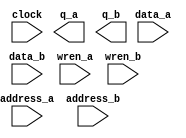
// megafunction wizard: %RAM: 2-PORT%VBB%
// GENERATION: STANDARD
// VERSION: WM1.0
// MODULE: altsyncram 

// ============================================================
// Megafunction Name(s):
// 			altsyncram
//
// Simulation Library Files(s):
// 			altera_mf
// ============================================================
// ************************************************************
// THIS IS A WIZARD-GENERATED FILE. DO NOT EDIT THIS FILE!
//
// 13.0.1 Build 232 06/12/2013 SP 1 SJ Web Edition
// ************************************************************

//Copyright (C) 1991-2013 Altera Corporation
//Your use of Altera Corporation's design tools, logic functions 
//and other software and tools, and its AMPP partner logic 
//functions, and any output files from any of the foregoing 
//(including device programming or simulation files), and any 
//associated documentation or information are expressly subject 
//to the terms and conditions of the Altera Program License 
//Subscription Agreement, Altera MegaCore Function License 
//Agreement, or other applicable license agreement, including, 
//without limitation, that your use is for the sole purpose of 
//programming logic devices manufactured by Altera and sold by 
//Altera or its authorized distributors.  Please refer to the 
//applicable agreement for further details.

module rambuffer (
	address_a,
	address_b,
	clock,
	data_a,
	data_b,
	wren_a,
	wren_b,
	q_a,
	q_b);

	input	[16:0]  address_a;
	input	[16:0]  address_b;
	input	  clock;
	input	[0:0]  data_a;
	input	[0:0]  data_b;
	input	  wren_a;
	input	  wren_b;
	output	[0:0]  q_a;
	output	[0:0]  q_b;
`ifndef ALTERA_RESERVED_QIS
// synopsys translate_off
`endif
	tri1	  clock;
	tri0	  wren_a;
	tri0	  wren_b;
`ifndef ALTERA_RESERVED_QIS
// synopsys translate_on
`endif

endmodule

// ============================================================
// CNX file retrieval info
// ============================================================
// Retrieval info: PRIVATE: ADDRESSSTALL_A NUMERIC "0"
// Retrieval info: PRIVATE: ADDRESSSTALL_B NUMERIC "0"
// Retrieval info: PRIVATE: BYTEENA_ACLR_A NUMERIC "0"
// Retrieval info: PRIVATE: BYTEENA_ACLR_B NUMERIC "0"
// Retrieval info: PRIVATE: BYTE_ENABLE_A NUMERIC "0"
// Retrieval info: PRIVATE: BYTE_ENABLE_B NUMERIC "0"
// Retrieval info: PRIVATE: BYTE_SIZE NUMERIC "8"
// Retrieval info: PRIVATE: BlankMemory NUMERIC "1"
// Retrieval info: PRIVATE: CLOCK_ENABLE_INPUT_A NUMERIC "0"
// Retrieval info: PRIVATE: CLOCK_ENABLE_INPUT_B NUMERIC "0"
// Retrieval info: PRIVATE: CLOCK_ENABLE_OUTPUT_A NUMERIC "0"
// Retrieval info: PRIVATE: CLOCK_ENABLE_OUTPUT_B NUMERIC "0"
// Retrieval info: PRIVATE: CLRdata NUMERIC "0"
// Retrieval info: PRIVATE: CLRq NUMERIC "0"
// Retrieval info: PRIVATE: CLRrdaddress NUMERIC "0"
// Retrieval info: PRIVATE: CLRrren NUMERIC "0"
// Retrieval info: PRIVATE: CLRwraddress NUMERIC "0"
// Retrieval info: PRIVATE: CLRwren NUMERIC "0"
// Retrieval info: PRIVATE: Clock NUMERIC "0"
// Retrieval info: PRIVATE: Clock_A NUMERIC "0"
// Retrieval info: PRIVATE: Clock_B NUMERIC "0"
// Retrieval info: PRIVATE: IMPLEMENT_IN_LES NUMERIC "0"
// Retrieval info: PRIVATE: INDATA_ACLR_B NUMERIC "0"
// Retrieval info: PRIVATE: INDATA_REG_B NUMERIC "1"
// Retrieval info: PRIVATE: INIT_FILE_LAYOUT STRING "PORT_A"
// Retrieval info: PRIVATE: INIT_TO_SIM_X NUMERIC "0"
// Retrieval info: PRIVATE: INTENDED_DEVICE_FAMILY STRING "Cyclone IV E"
// Retrieval info: PRIVATE: JTAG_ENABLED NUMERIC "0"
// Retrieval info: PRIVATE: JTAG_ID STRING "NONE"
// Retrieval info: PRIVATE: MAXIMUM_DEPTH NUMERIC "0"
// Retrieval info: PRIVATE: MEMSIZE NUMERIC "131072"
// Retrieval info: PRIVATE: MEM_IN_BITS NUMERIC "1"
// Retrieval info: PRIVATE: MIFfilename STRING ""
// Retrieval info: PRIVATE: OPERATION_MODE NUMERIC "3"
// Retrieval info: PRIVATE: OUTDATA_ACLR_B NUMERIC "0"
// Retrieval info: PRIVATE: OUTDATA_REG_B NUMERIC "1"
// Retrieval info: PRIVATE: RAM_BLOCK_TYPE NUMERIC "0"
// Retrieval info: PRIVATE: READ_DURING_WRITE_MODE_MIXED_PORTS NUMERIC "1"
// Retrieval info: PRIVATE: READ_DURING_WRITE_MODE_PORT_A NUMERIC "3"
// Retrieval info: PRIVATE: READ_DURING_WRITE_MODE_PORT_B NUMERIC "3"
// Retrieval info: PRIVATE: REGdata NUMERIC "1"
// Retrieval info: PRIVATE: REGq NUMERIC "1"
// Retrieval info: PRIVATE: REGrdaddress NUMERIC "0"
// Retrieval info: PRIVATE: REGrren NUMERIC "0"
// Retrieval info: PRIVATE: REGwraddress NUMERIC "1"
// Retrieval info: PRIVATE: REGwren NUMERIC "1"
// Retrieval info: PRIVATE: SYNTH_WRAPPER_GEN_POSTFIX STRING "0"
// Retrieval info: PRIVATE: USE_DIFF_CLKEN NUMERIC "0"
// Retrieval info: PRIVATE: UseDPRAM NUMERIC "1"
// Retrieval info: PRIVATE: VarWidth NUMERIC "0"
// Retrieval info: PRIVATE: WIDTH_READ_A NUMERIC "1"
// Retrieval info: PRIVATE: WIDTH_READ_B NUMERIC "1"
// Retrieval info: PRIVATE: WIDTH_WRITE_A NUMERIC "1"
// Retrieval info: PRIVATE: WIDTH_WRITE_B NUMERIC "1"
// Retrieval info: PRIVATE: WRADDR_ACLR_B NUMERIC "0"
// Retrieval info: PRIVATE: WRADDR_REG_B NUMERIC "1"
// Retrieval info: PRIVATE: WRCTRL_ACLR_B NUMERIC "0"
// Retrieval info: PRIVATE: enable NUMERIC "0"
// Retrieval info: PRIVATE: rden NUMERIC "0"
// Retrieval info: LIBRARY: altera_mf altera_mf.altera_mf_components.all
// Retrieval info: CONSTANT: ADDRESS_REG_B STRING "CLOCK0"
// Retrieval info: CONSTANT: CLOCK_ENABLE_INPUT_A STRING "BYPASS"
// Retrieval info: CONSTANT: CLOCK_ENABLE_INPUT_B STRING "BYPASS"
// Retrieval info: CONSTANT: CLOCK_ENABLE_OUTPUT_A STRING "BYPASS"
// Retrieval info: CONSTANT: CLOCK_ENABLE_OUTPUT_B STRING "BYPASS"
// Retrieval info: CONSTANT: INDATA_REG_B STRING "CLOCK0"
// Retrieval info: CONSTANT: INTENDED_DEVICE_FAMILY STRING "Cyclone IV E"
// Retrieval info: CONSTANT: LPM_TYPE STRING "altsyncram"
// Retrieval info: CONSTANT: NUMWORDS_A NUMERIC "131072"
// Retrieval info: CONSTANT: NUMWORDS_B NUMERIC "131072"
// Retrieval info: CONSTANT: OPERATION_MODE STRING "BIDIR_DUAL_PORT"
// Retrieval info: CONSTANT: OUTDATA_ACLR_A STRING "NONE"
// Retrieval info: CONSTANT: OUTDATA_ACLR_B STRING "NONE"
// Retrieval info: CONSTANT: OUTDATA_REG_A STRING "CLOCK0"
// Retrieval info: CONSTANT: OUTDATA_REG_B STRING "CLOCK0"
// Retrieval info: CONSTANT: POWER_UP_UNINITIALIZED STRING "FALSE"
// Retrieval info: CONSTANT: READ_DURING_WRITE_MODE_MIXED_PORTS STRING "OLD_DATA"
// Retrieval info: CONSTANT: READ_DURING_WRITE_MODE_PORT_A STRING "NEW_DATA_NO_NBE_READ"
// Retrieval info: CONSTANT: READ_DURING_WRITE_MODE_PORT_B STRING "NEW_DATA_NO_NBE_READ"
// Retrieval info: CONSTANT: WIDTHAD_A NUMERIC "17"
// Retrieval info: CONSTANT: WIDTHAD_B NUMERIC "17"
// Retrieval info: CONSTANT: WIDTH_A NUMERIC "1"
// Retrieval info: CONSTANT: WIDTH_B NUMERIC "1"
// Retrieval info: CONSTANT: WIDTH_BYTEENA_A NUMERIC "1"
// Retrieval info: CONSTANT: WIDTH_BYTEENA_B NUMERIC "1"
// Retrieval info: CONSTANT: WRCONTROL_WRADDRESS_REG_B STRING "CLOCK0"
// Retrieval info: USED_PORT: address_a 0 0 17 0 INPUT NODEFVAL "address_a[16..0]"
// Retrieval info: USED_PORT: address_b 0 0 17 0 INPUT NODEFVAL "address_b[16..0]"
// Retrieval info: USED_PORT: clock 0 0 0 0 INPUT VCC "clock"
// Retrieval info: USED_PORT: data_a 0 0 1 0 INPUT NODEFVAL "data_a[0..0]"
// Retrieval info: USED_PORT: data_b 0 0 1 0 INPUT NODEFVAL "data_b[0..0]"
// Retrieval info: USED_PORT: q_a 0 0 1 0 OUTPUT NODEFVAL "q_a[0..0]"
// Retrieval info: USED_PORT: q_b 0 0 1 0 OUTPUT NODEFVAL "q_b[0..0]"
// Retrieval info: USED_PORT: wren_a 0 0 0 0 INPUT GND "wren_a"
// Retrieval info: USED_PORT: wren_b 0 0 0 0 INPUT GND "wren_b"
// Retrieval info: CONNECT: @address_a 0 0 17 0 address_a 0 0 17 0
// Retrieval info: CONNECT: @address_b 0 0 17 0 address_b 0 0 17 0
// Retrieval info: CONNECT: @clock0 0 0 0 0 clock 0 0 0 0
// Retrieval info: CONNECT: @data_a 0 0 1 0 data_a 0 0 1 0
// Retrieval info: CONNECT: @data_b 0 0 1 0 data_b 0 0 1 0
// Retrieval info: CONNECT: @wren_a 0 0 0 0 wren_a 0 0 0 0
// Retrieval info: CONNECT: @wren_b 0 0 0 0 wren_b 0 0 0 0
// Retrieval info: CONNECT: q_a 0 0 1 0 @q_a 0 0 1 0
// Retrieval info: CONNECT: q_b 0 0 1 0 @q_b 0 0 1 0
// Retrieval info: GEN_FILE: TYPE_NORMAL rambuffer.v TRUE
// Retrieval info: GEN_FILE: TYPE_NORMAL rambuffer.inc FALSE
// Retrieval info: GEN_FILE: TYPE_NORMAL rambuffer.cmp FALSE
// Retrieval info: GEN_FILE: TYPE_NORMAL rambuffer.bsf FALSE
// Retrieval info: GEN_FILE: TYPE_NORMAL rambuffer_inst.v FALSE
// Retrieval info: GEN_FILE: TYPE_NORMAL rambuffer_bb.v TRUE
// Retrieval info: LIB_FILE: altera_mf